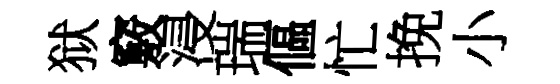
狱竅浸瑞傴忙挽小